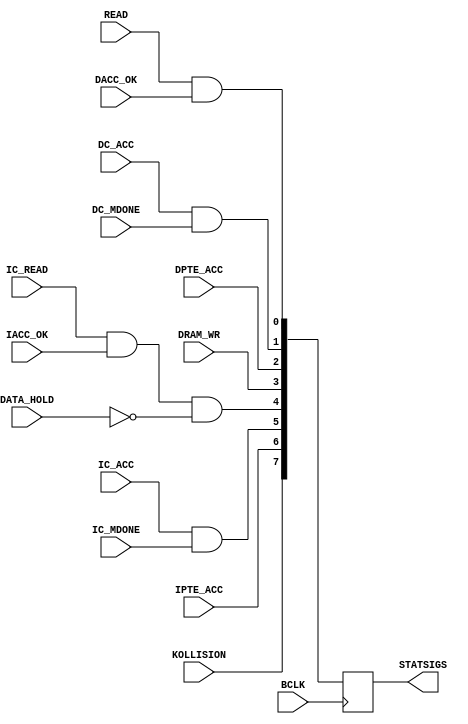
module MAKE_STAT ( BCLK, READ, DACC_OK, DC_ACC, DPTE_ACC, DC_MDONE, DRAM_WR, IC_READ, IACC_OK, DATA_HOLD,
				   IC_ACC, IPTE_ACC, IC_MDONE, KOLLISION, STATSIGS );
	input	BCLK;
	input	READ,DACC_OK;
	input	DC_ACC,DPTE_ACC,DC_MDONE;
	input	DRAM_WR;
	input	IC_READ,IACC_OK,DATA_HOLD;
	input	IC_ACC,IPTE_ACC,IC_MDONE;
	input	KOLLISION;
	output	reg [7:0]	STATSIGS;
	always @(posedge BCLK)
		begin
			STATSIGS[7] <= KOLLISION;						
			STATSIGS[6] <= IPTE_ACC;						
			STATSIGS[5] <= IC_ACC & IC_MDONE;				
			STATSIGS[4] <= IC_READ & IACC_OK & ~DATA_HOLD;	
			STATSIGS[3] <= DRAM_WR;							
			STATSIGS[2] <= DPTE_ACC;						
			STATSIGS[1] <= DC_ACC & DC_MDONE;				
			STATSIGS[0] <= READ & DACC_OK;					
		end
endmodule